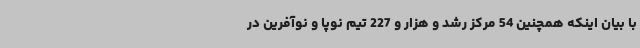
با بیان اینکه همچنین 54 مرکز رشد و هزار و 227 تیم نوپا و نوآفرین در